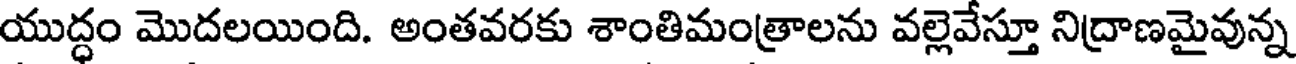
యుద్ధం మొదలయింది. అంతవరకు శాంతిమంత్రాలను వల్లెవేస్తూ నిద్రాణమైవున్న